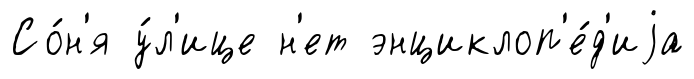
Со́н'я у́л'ице н'ет энциклоп'е́д'иjа